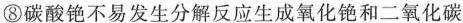
⑧碳酸铯不易发生分解反应生成氧化铯和二氧化碳